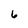
Character: 6